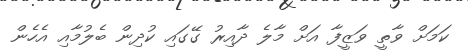
ކަމަށް ވާތީ ވަޒީފާ އަށް މާލެ ދާއިރު ގޭގައި ކުދިން ބެލުމާއި އެހެން